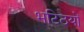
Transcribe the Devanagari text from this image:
भटिठयों